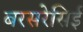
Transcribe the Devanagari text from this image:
बरसरेसिई